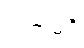
လက်မရှိ